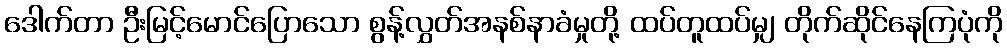
ဒေါက်တာ ဦးမြင့်မောင်ပြောသော စွန့်လွှတ်အနစ်နာခံမှုတို့ ထပ်တူထပ်မျှ တိုက်ဆိုင်နေကြပုံကို